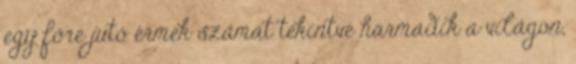
egy főre jutó érmek számát tekintve harmadik a világon,